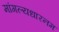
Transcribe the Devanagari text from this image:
मांगल्यधारनम